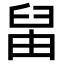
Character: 𦥪